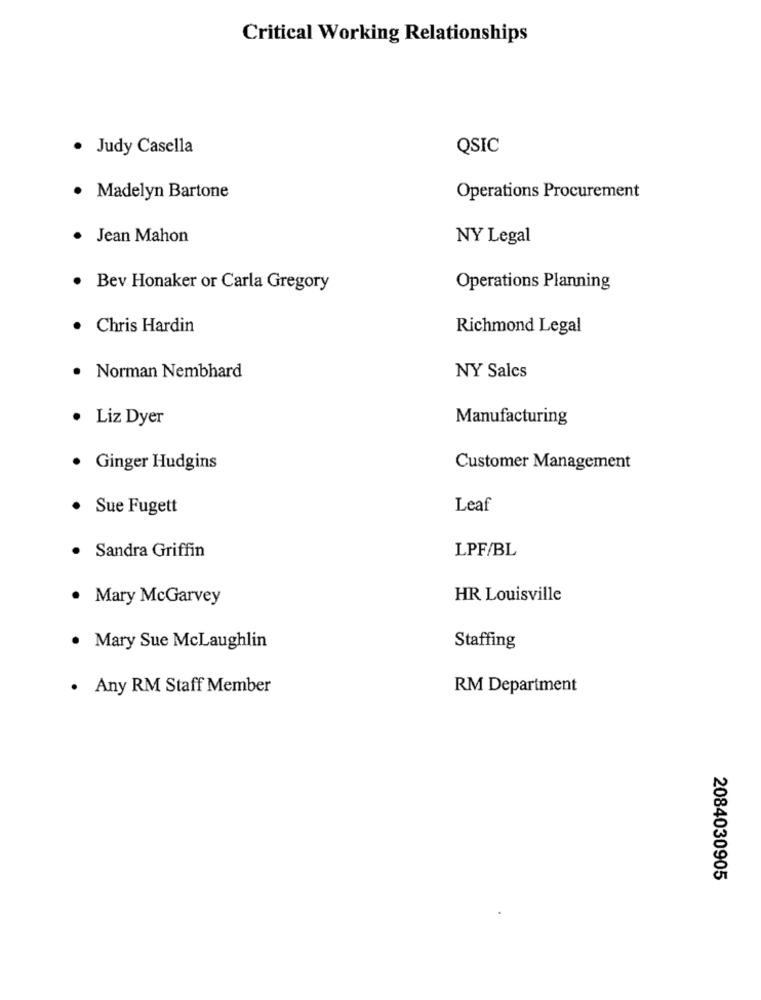
Critical Working Relationships
· Judy Casella
QSIC
· Madelyn Bartone
Operations Procurement
Jean Mahon
NY Legal
· Bev Honaker or Carla Gregory
Operations Planning
Chris Hardin
Richmond Legal
Norman Nembhard
NY Salcs
· Liz Dyer
Manufacturing
· Ginger Hudgins
Customer Management
· Sue Fugett
Leaf
Sandra Griffin
LPF/BL
Mary McGarvey
HR Louisville
. Mary Sue McLaughlin
Staffing
. Any RM Staff Member
RM Department
2084030905